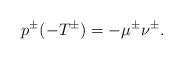
LaTeX: \begin{align*}p^\pm(-T^\pm)=-\mu^\pm\nu^\pm.\end{align*}